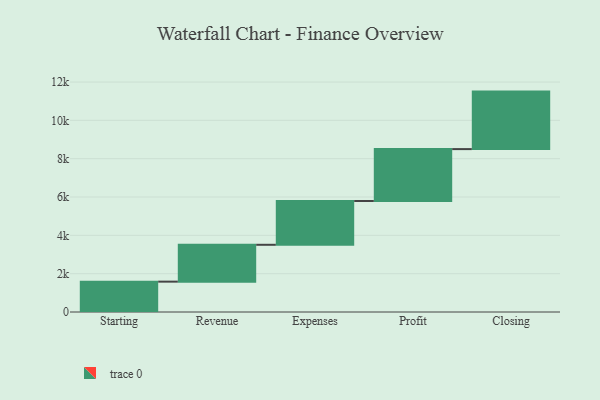
{"axis": {"x": "Step", "y": "Value"}, "legend": [""], "data": [{"x": "Starting", "y": 1584.0, "type": ""}, {"x": "Revenue", "y": 1923.0, "type": ""}, {"x": "Expenses", "y": 2285.0, "type": ""}, {"x": "Profit", "y": 2708.0, "type": ""}, {"x": "Closing", "y": 3000, "type": ""}]}